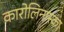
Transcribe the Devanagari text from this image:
कारोलिनास्का